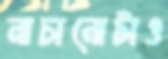
নাচানোটাও